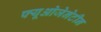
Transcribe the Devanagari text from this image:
फ्यूओजेनेटीन